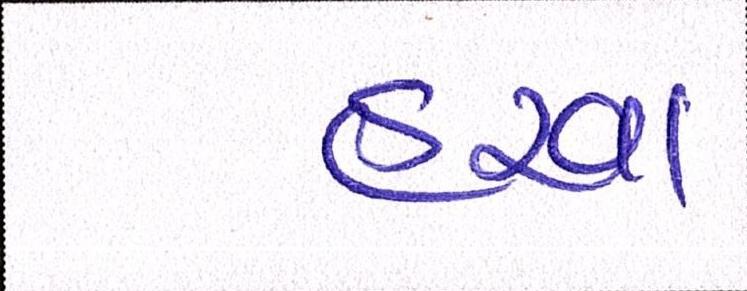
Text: હરવા